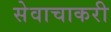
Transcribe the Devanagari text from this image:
सेवाचाकरी